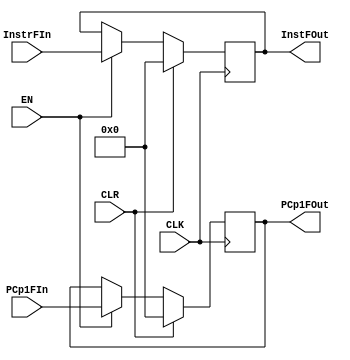
`timescale 1ns / 1ps






module FetchRegister (input CLK, CLR, EN,
                      input [31:0] PCp1FIn, InstrFIn,
                      output reg [31:0] PCp1FOut, InstFOut);

always @(posedge CLK) begin

if (CLR) begin
PCp1FOut <= 32'b00000000000000000000000000000000;
InstFOut <= 32'b00000000000000000000000000000000;
end

else if (EN) begin
PCp1FOut <= PCp1FIn;
InstFOut <= InstrFIn;
end

end
endmodule